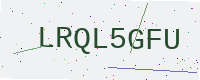
Text: LRQL5GFU